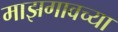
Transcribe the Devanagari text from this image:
माझगावच्या